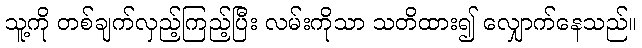
သူ့ကို တစ်ချက်လှည့်ကြည့်ပြီး လမ်းကိုသာ သတိထား၍ လျှောက်နေသည်။